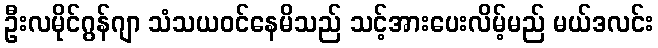
ဦးလမိုင်ဂွန်ဂျာ သံသယဝင်နေမိသည် သင့်အားပေးလိမ့်မည် မယ်ဒလင်း